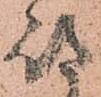
待